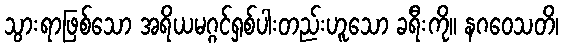
သွားရာဖြစ်သော အရိယမဂ္ဂင်ရှစ်ပါးတည်းဟူသော ခရီးကို။ နဂဝေသတိ၊